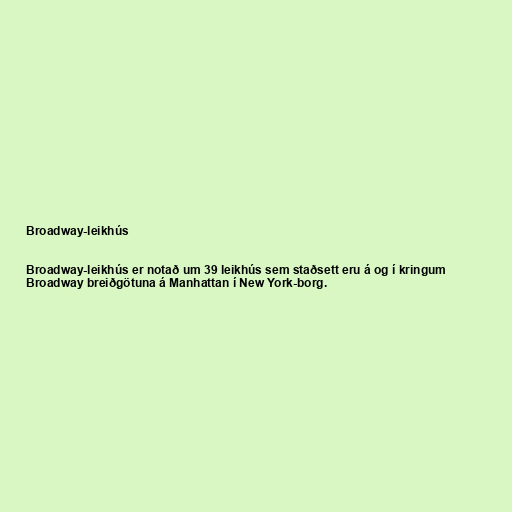
Broadway-leikhús

Broadway-leikhús er notað um 39 leikhús sem staðsett eru á og í kringum
Broadway breiðgötuna á Manhattan í New York-borg.